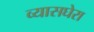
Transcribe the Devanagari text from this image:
व्यासघेरा